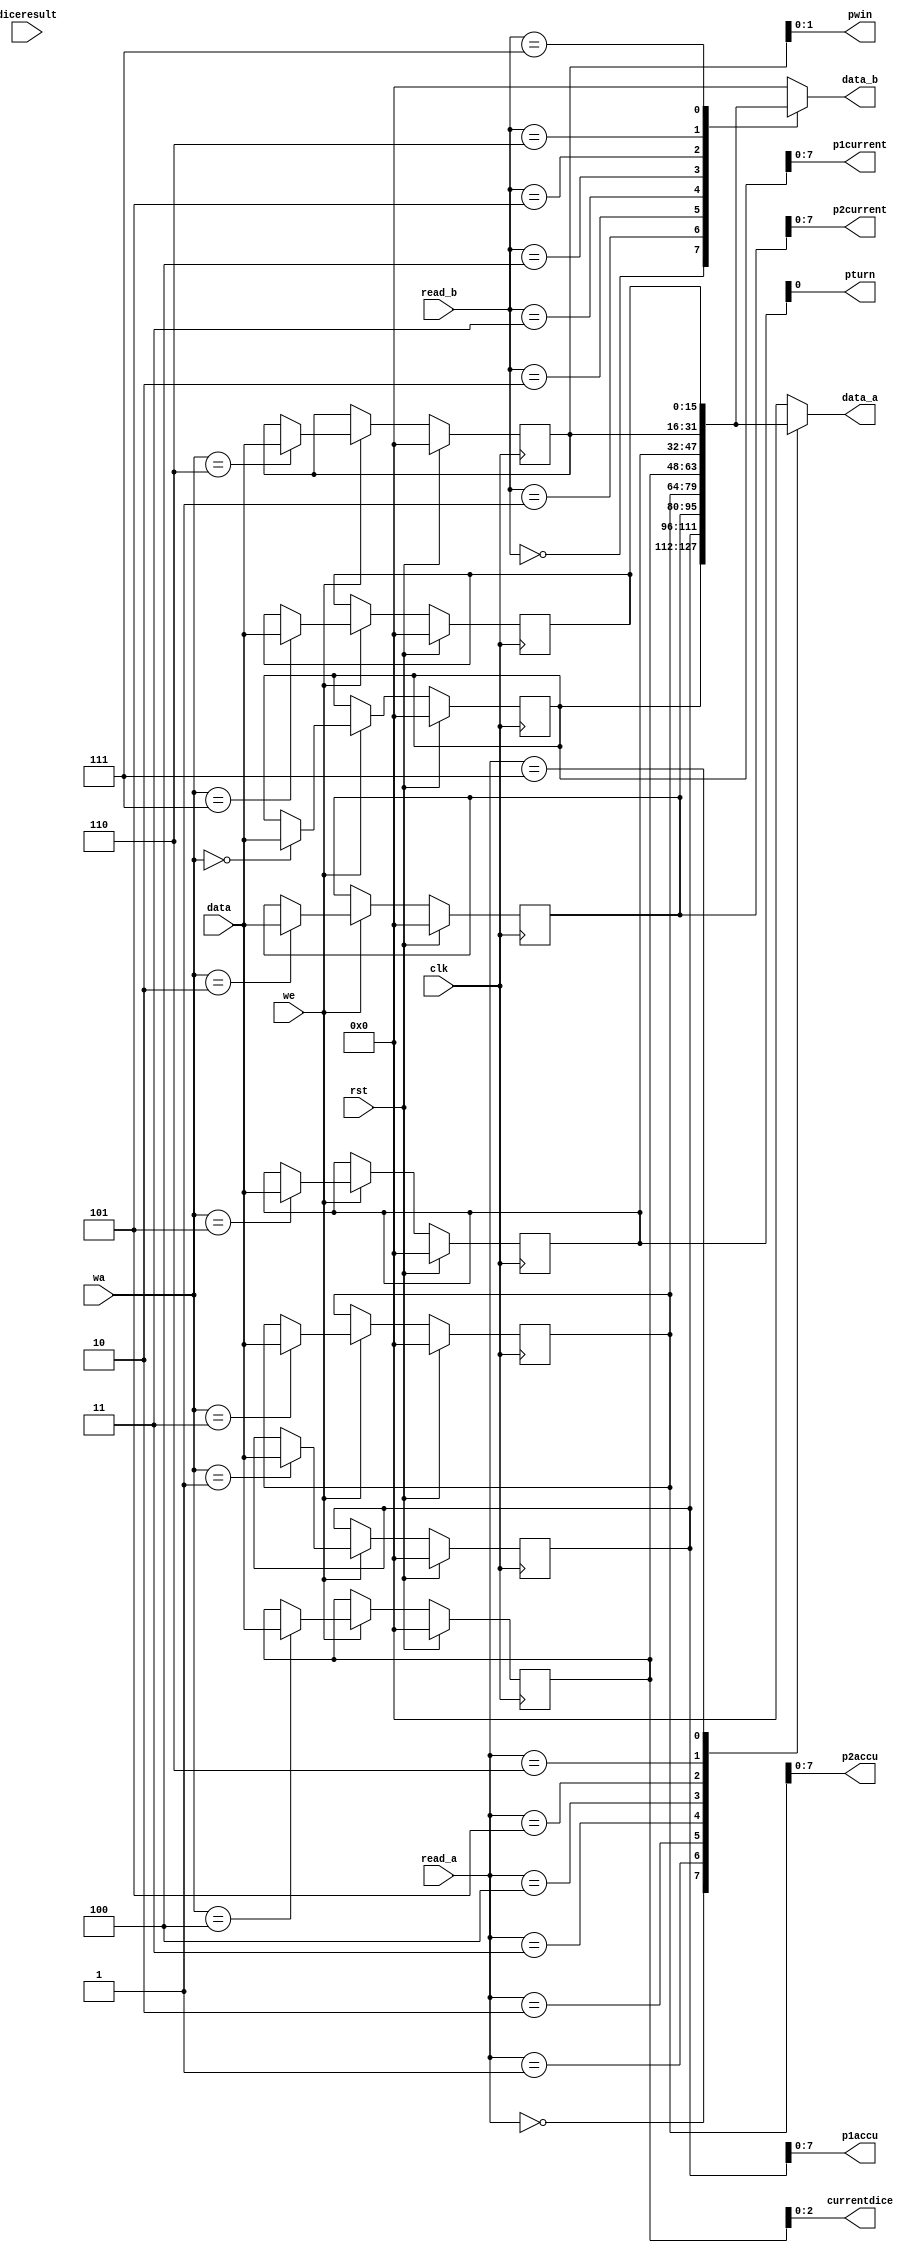
module regfile_11 (
    input clk,
    input rst,
    input [3:0] wa,
    input we,
    input [15:0] data,
    input [3:0] read_a,
    input [3:0] read_b,
    input [2:0] diceresult,
    output reg [15:0] data_a,
    output reg [15:0] data_b,
    output reg [0:0] pturn,
    output reg [1:0] pwin,
    output reg [7:0] p1current,
    output reg [7:0] p1accu,
    output reg [7:0] p2current,
    output reg [7:0] p2accu,
    output reg [2:0] currentdice
  );
  
  
  
  reg [15:0] M_st_p1curr_d, M_st_p1curr_q = 1'h0;
  reg [15:0] M_st_p1acc_d, M_st_p1acc_q = 1'h0;
  reg [15:0] M_st_p2curr_d, M_st_p2curr_q = 1'h0;
  reg [15:0] M_st_p2acc_d, M_st_p2acc_q = 1'h0;
  reg [15:0] M_st_currdice_d, M_st_currdice_q = 1'h0;
  reg [15:0] M_st_turn_d, M_st_turn_q = 1'h0;
  reg [15:0] M_st_win_d, M_st_win_q = 1'h0;
  reg [15:0] M_temp_d, M_temp_q = 1'h0;
  
  always @* begin
    M_st_win_d = M_st_win_q;
    M_temp_d = M_temp_q;
    M_st_currdice_d = M_st_currdice_q;
    M_st_turn_d = M_st_turn_q;
    M_st_p2curr_d = M_st_p2curr_q;
    M_st_p1curr_d = M_st_p1curr_q;
    M_st_p2acc_d = M_st_p2acc_q;
    M_st_p1acc_d = M_st_p1acc_q;
    
    if (we) begin
      
      case (wa)
        4'h0: begin
          M_st_p1curr_d = data;
        end
        4'h1: begin
          M_st_p1acc_d = data;
        end
        4'h2: begin
          M_st_p2curr_d = data;
        end
        4'h3: begin
          M_st_p2acc_d = data;
        end
        4'h4: begin
          M_st_currdice_d = data;
        end
        4'h5: begin
          M_st_turn_d = data;
        end
        4'h6: begin
          M_st_win_d = data;
        end
        4'h7: begin
          M_temp_d = data;
        end
      endcase
    end
    
    case (read_a)
      4'h0: begin
        data_a = M_st_p1curr_q;
      end
      4'h1: begin
        data_a = M_st_p1acc_q;
      end
      4'h2: begin
        data_a = M_st_p2curr_q;
      end
      4'h3: begin
        data_a = M_st_p2acc_q;
      end
      4'h4: begin
        data_a = M_st_currdice_q;
      end
      4'h5: begin
        data_a = M_st_turn_q;
      end
      4'h6: begin
        data_a = M_st_win_q;
      end
      4'h7: begin
        data_a = M_temp_q;
      end
      default: begin
        data_a = 1'h0;
      end
    endcase
    
    case (read_b)
      4'h0: begin
        data_b = M_st_p1curr_q;
      end
      4'h1: begin
        data_b = M_st_p1acc_q;
      end
      4'h2: begin
        data_b = M_st_p2curr_q;
      end
      4'h3: begin
        data_b = M_st_p2acc_q;
      end
      4'h4: begin
        data_b = M_st_currdice_q;
      end
      4'h5: begin
        data_b = M_st_turn_q;
      end
      4'h6: begin
        data_b = M_st_win_q;
      end
      4'h7: begin
        data_b = M_temp_q;
      end
      default: begin
        data_b = 1'h0;
      end
    endcase
    pturn = M_st_turn_q;
    pwin = M_st_win_q;
    p1current = M_st_p1curr_q;
    p1accu = M_st_p1acc_q;
    p2current = M_st_p2curr_q;
    p2accu = M_st_p2acc_q;
    currentdice = M_st_currdice_q;
  end
  
  always @(posedge clk) begin
    if (rst == 1'b1) begin
      M_st_p1curr_q <= 1'h0;
      M_st_p1acc_q <= 1'h0;
      M_st_p2curr_q <= 1'h0;
      M_st_p2acc_q <= 1'h0;
      M_st_currdice_q <= 1'h0;
      M_st_turn_q <= 1'h0;
      M_st_win_q <= 1'h0;
      M_temp_q <= 1'h0;
    end else begin
      M_st_p1curr_q <= M_st_p1curr_d;
      M_st_p1acc_q <= M_st_p1acc_d;
      M_st_p2curr_q <= M_st_p2curr_d;
      M_st_p2acc_q <= M_st_p2acc_d;
      M_st_currdice_q <= M_st_currdice_d;
      M_st_turn_q <= M_st_turn_d;
      M_st_win_q <= M_st_win_d;
      M_temp_q <= M_temp_d;
    end
  end
  
endmodule